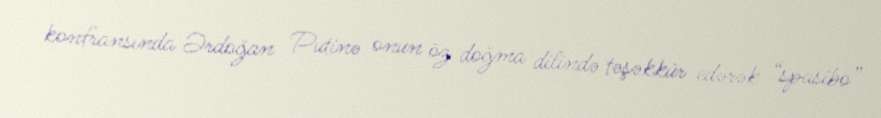
konfransında Ərdoğan Putinə onun öz doğma dilində təşəkkür edərək “spasibo”